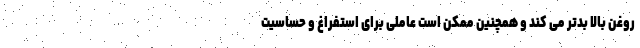
روغن بالا بدتر می کند و همچنین ممکن است عاملی برای استفراغ و حساسیت